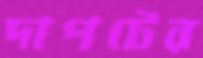
দাপটের